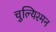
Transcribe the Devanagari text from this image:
चुल्यिश्मन